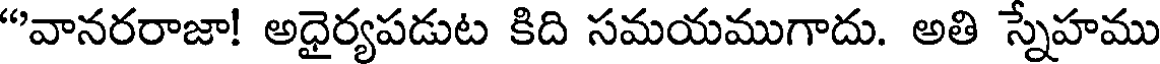
"వానరరాజా! అధైర్యపడుట కిది సమయముగాదు. అతి స్నేహము